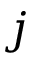
j